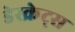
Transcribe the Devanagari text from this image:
डेस्क्रेट्स